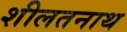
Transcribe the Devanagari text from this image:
शीलतनाथ